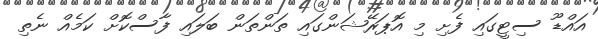
އައްޑޫ ސިޓީގައި ފެށި މި އޮޕަރޭޝަންގައި ތަންތަން ބަލައި ފާސްކޮށް ކަމެއް ނެތި